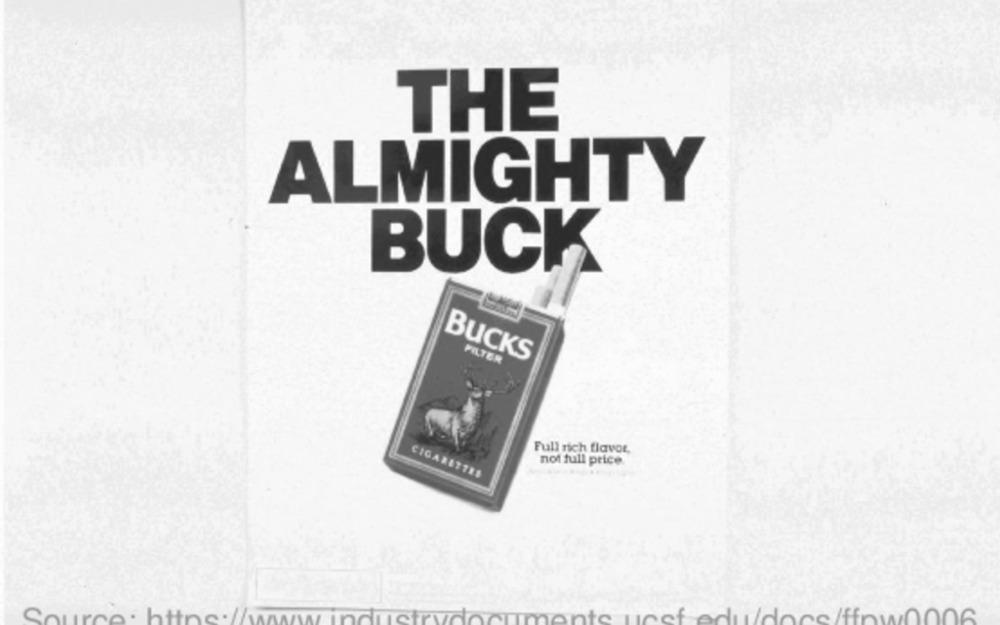
THE
ALMIGHTY
BUCK
BUCKS
FILTER
Full rich flavor,
not full price
CIGARETTES
Source: https://www.industrydocuments ucsf edu/docs/ffrw0006